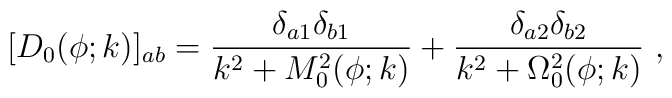
[D_0(\phi;k)]_{ab} = {\delta_{a1} \delta_{b1}  \over k^2 + M_0^2(\phi;k)} +{\delta_{a2} \delta_{b2} \over k^2 + \Omega_0^2(\phi;k)}~,